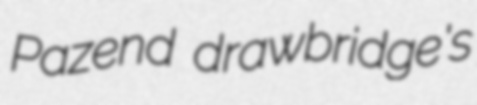
Pazend drawbridge's